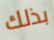
بذلك